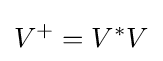
V^{+}=V^{*}V